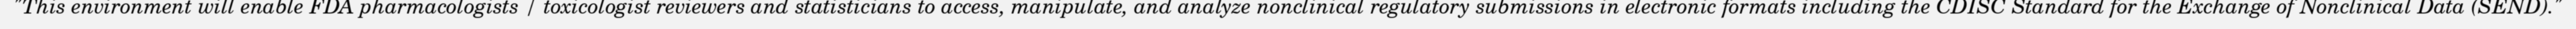
"This environment will enable FDA pharmacologists / toxicologist reviewers and statisticians to access, manipulate, and analyze nonclinical regulatory submissions in electronic formats including the CDISC Standard for the Exchange of Nonclinical Data (SEND)."